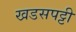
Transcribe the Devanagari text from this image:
खडसपट्टी